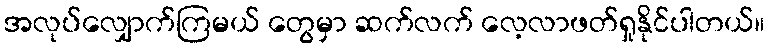
အလုပ်လျှောက်ကြမယ် တွေမှာ ဆက်လက် လေ့လာဖတ်ရှုနိုင်ပါတယ်။